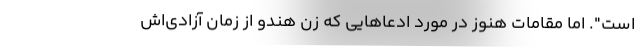
است". اما مقامات هنوز در مورد ادعاهایی که زن هندو از زمان آزادی‌اش